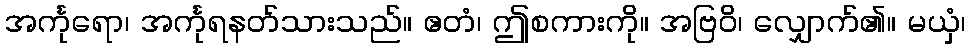
အင်္ကုရော၊ အင်္ကုရနတ်သားသည်။ ဧတံ၊ ဤစကားကို။ အဗြဝိ၊ လျှောက်၏။ မယှံ၊